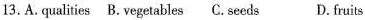
13.A.qualities B. vegetables C. seeds D. fruits